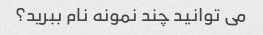
می توانید چند نمونه نام ببرید؟